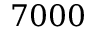
7 0 0 0